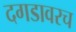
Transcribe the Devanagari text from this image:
दगडावरच